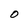
Character: 0